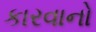
કારવાનો